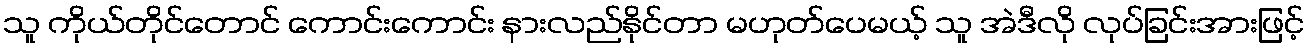
သူ ကိုယ်တိုင်တောင် ကောင်းကောင်း နားလည်နိုင်တာ မဟုတ်ပေမယ့် သူ အဲဒီလို လုပ်ခြင်းအားဖြင့်